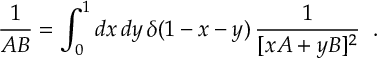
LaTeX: { \frac { 1 } { A B } } = \int _ { 0 } ^ { 1 } d x \, d y \, \delta ( 1 - x - y ) \, { \frac { 1 } { [ x A + y B ] ^ { 2 } } } \; \; .